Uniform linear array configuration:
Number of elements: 32
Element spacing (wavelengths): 0.25
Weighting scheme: cosine
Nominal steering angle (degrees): -15
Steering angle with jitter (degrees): -13.175
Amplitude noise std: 0.05
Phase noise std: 0.05

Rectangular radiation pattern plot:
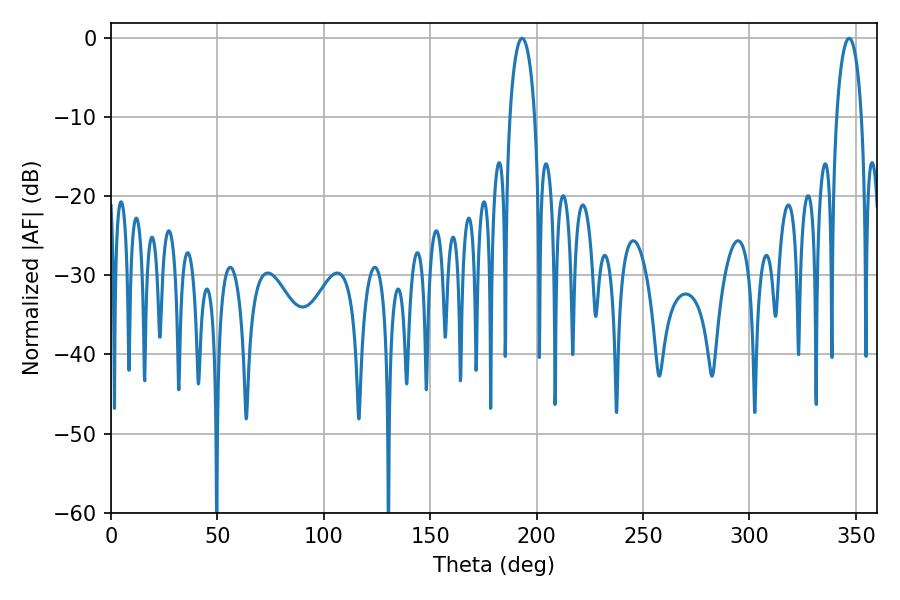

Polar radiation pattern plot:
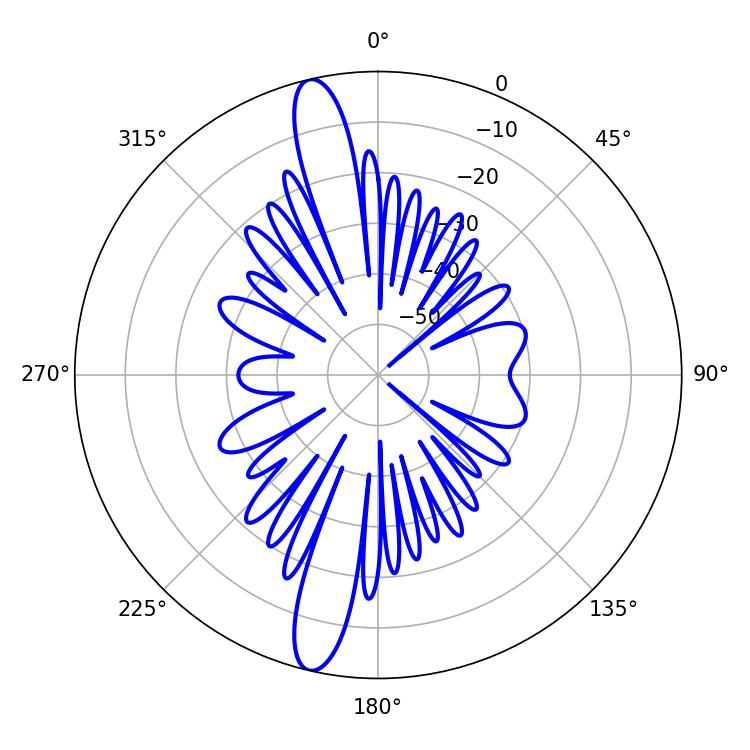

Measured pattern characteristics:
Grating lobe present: FALSE
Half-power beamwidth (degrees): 6.66
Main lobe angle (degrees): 193.14